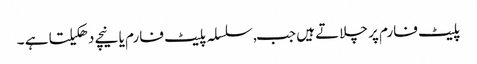
پلیٹ فارم پر چلاتے ہیں جب, سلسلہ پلیٹ فارم یا نیچے دھکیلتا ہے ۔